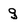
Character: g